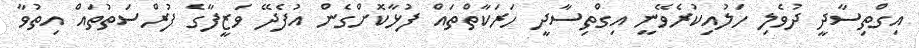
އިގްތިސާދީ ދުވެލި ހަލުއިކުރެވޭނީ އިގްތިސާދީ ހަރަކާތްތައް ފުޅާކޮށްގެން އުފެދޭ ވަޒީފާގެ ފުރްސަތުތައް އިތުވާ